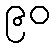
၉၀